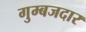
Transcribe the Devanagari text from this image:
गुम्बजदार